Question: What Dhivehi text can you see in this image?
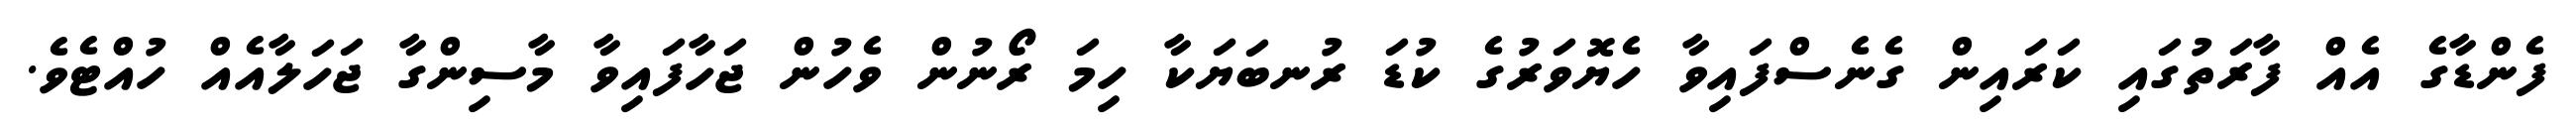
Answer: ފެންޑާގެ އެއް ފާރަތުގައި ކަރައިން ގެނެސްފައިވާ ހެޔޮވަރުގެ ކުޑަ ރުނބަޔަކާ ހިމަ ރޯނުން ވެހުން ޖަހާފައިވާ މާސިންގާ ޖަހަލާއެއް ހުއްޓެވެ.